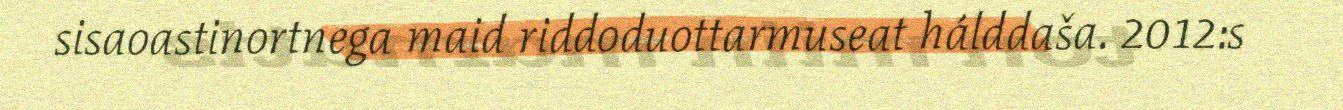
sisaoastinortnega maid riddoduottarmuseat hálddaša. 2012:s